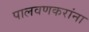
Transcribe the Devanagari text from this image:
पालवणकरांना